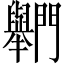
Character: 𨷶